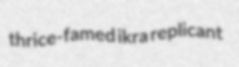
thrice-famed ikra replicant